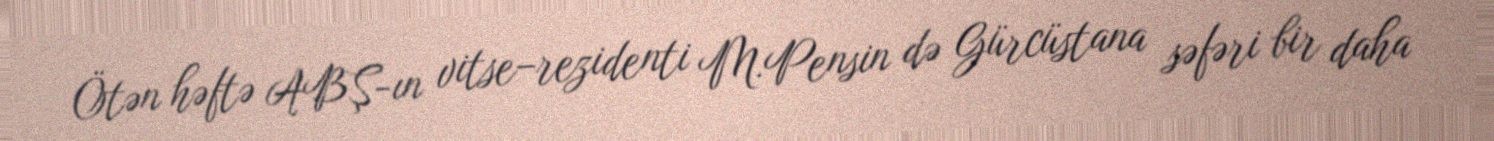
Ötən həftə ABŞ-ın vitse–rezidenti M.Pensin də Gürcüstana səfəri bir daha